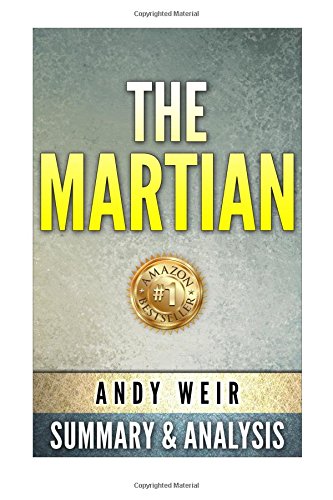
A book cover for The Martian: A Novel by Andy Weir | Unofficial Summary & Analysis; SuperRead Books; Science Fiction & Fantasy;